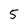
Character: 5